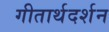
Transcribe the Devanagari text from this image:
गीतार्थदर्शन